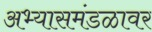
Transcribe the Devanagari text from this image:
अभ्यासमंडळावर